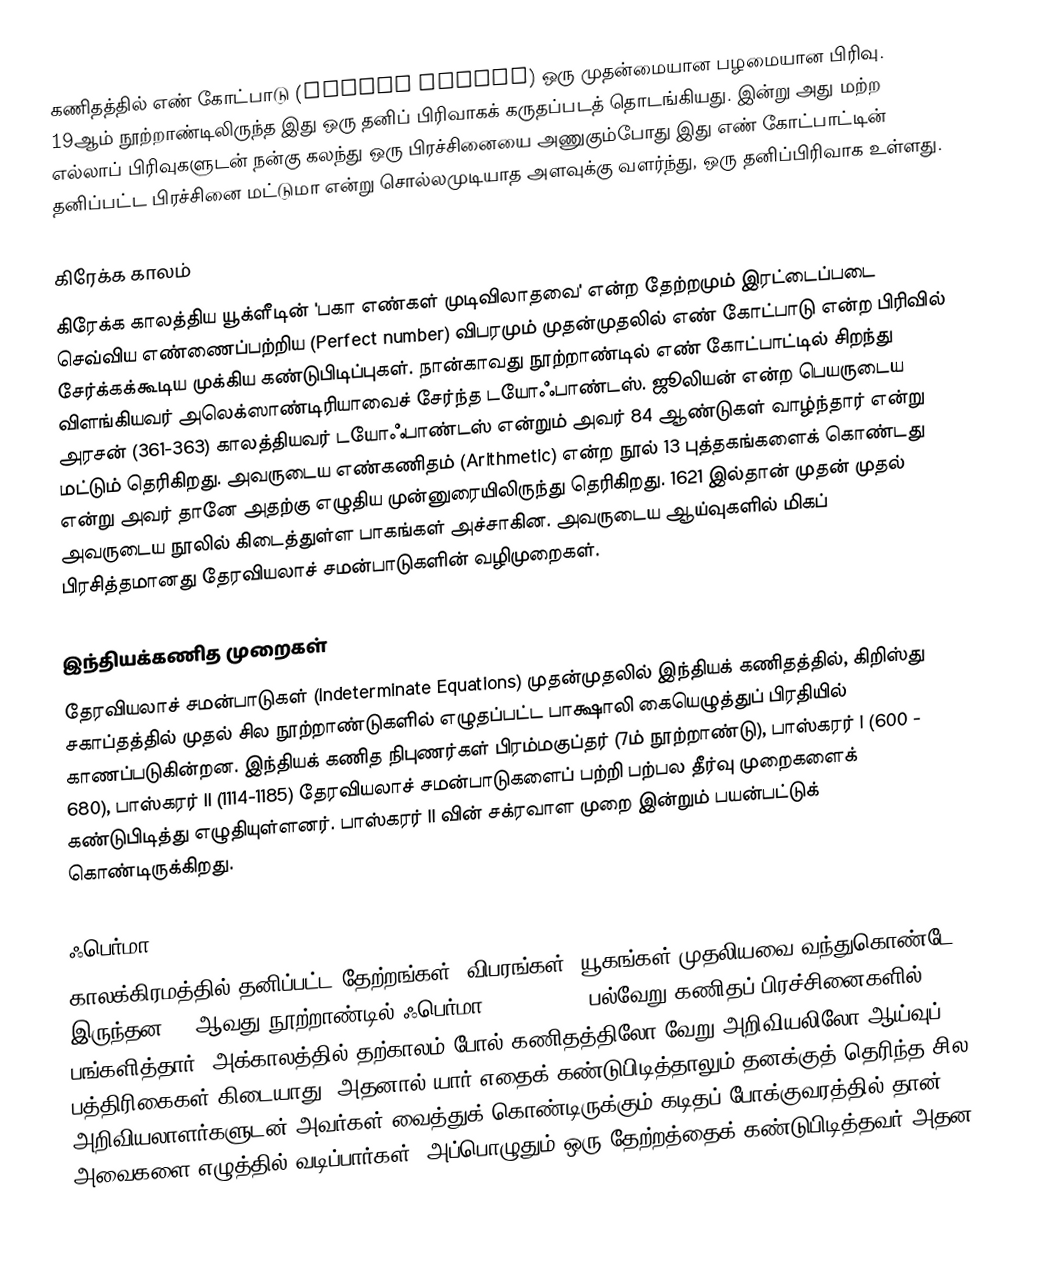
கணிதத்தில் எண் கோட்பாடு (Number Theory) ஒரு முதன்மையான பழமையான பிரிவு. 19ஆம் நூற்றாண்டிலிருந்த இது ஒரு தனிப் பிரிவாகக் கருதப்படத் தொடங்கியது. இன்று அது மற்ற எல்லாப் பிரிவுகளுடன் நன்கு கலந்து ஒரு பிரச்சினையை அணுகும்போது இது எண் கோட்பாட்டின் தனிப்பட்ட பிரச்சினை மட்டுமா என்று சொல்லமுடியாத அளவுக்கு வளர்ந்து, ஒரு தனிப்பிரிவாக உள்ளது.

கிரேக்க காலம்
கிரேக்க காலத்திய யூக்ளீடின் 'பகா எண்கள் முடிவிலாதவை' என்ற தேற்றமும் இரட்டைப்படை செவ்விய எண்ணைப்பற்றிய (Perfect number) விபரமும் முதன்முதலில் எண் கோட்பாடு என்ற பிரிவில் சேர்க்கக்கூடிய முக்கிய கண்டுபிடிப்புகள். நான்காவது நூற்றாண்டில் எண் கோட்பாட்டில் சிறந்து விளங்கியவர் அலெக்ஸாண்டிரியாவைச் சேர்ந்த டயோஃபாண்டஸ். ஜூலியன் என்ற பெயருடைய அரசன் (361-363) காலத்தியவர் டயோஃபாண்டஸ் என்றும் அவர் 84 ஆண்டுகள் வாழ்ந்தார் என்று மட்டும் தெரிகிறது. அவருடைய எண்கணிதம் (Arithmetic) என்ற நூல் 13 புத்தகங்களைக் கொண்டது என்று அவர் தானே அதற்கு எழுதிய முன்னுரையிலிருந்து தெரிகிறது. 1621 இல்தான் முதன் முதல் அவருடைய நூலில் கிடைத்துள்ள பாகங்கள் அச்சாகின. அவருடைய ஆய்வுகளில் மிகப் பிரசித்தமானது தேரவியலாச் சமன்பாடுகளின் வழிமுறைகள்.

இந்தியக்கணித முறைகள்
தேரவியலாச் சமன்பாடுகள் (Indeterminate Equations) முதன்முதலில் இந்தியக் கணிதத்தில், கிறிஸ்து சகாப்தத்தில் முதல் சில நூற்றாண்டுகளில் எழுதப்பட்ட பாக்ஷாலி கையெழுத்துப் பிரதியில் காணப்படுகின்றன. இந்தியக் கணித நிபுணர்கள் பிரம்மகுப்தர் (7ம் நூற்றாண்டு), பாஸ்கரர் I (600 - 680), பாஸ்கரர் II (1114-1185) தேரவியலாச் சமன்பாடுகளைப் பற்றி பற்பல தீர்வு முறைகளைக் கண்டுபிடித்து எழுதியுள்ளனர். பாஸ்கரர் II வின் சக்ரவாள முறை இன்றும் பயன்பட்டுக் கொண்டிருக்கிறது.

ஃபெர்மா
காலக்கிரமத்தில் தனிப்பட்ட தேற்றங்கள், விபரங்கள், யூகங்கள் முதலியவை வந்துகொண்டே இருந்தன. 17ஆவது நூற்றாண்டில் ஃபெர்மா (1601-1665) பல்வேறு கணிதப் பிரச்சினைகளில் பங்களித்தார். அக்காலத்தில் தற்காலம் போல் கணிதத்திலோ வேறு அறிவியலிலோ ஆய்வுப் பத்திரிகைகள் கிடையாது. அதனால் யார் எதைக் கண்டுபிடித்தாலும் தனக்குத் தெரிந்த சில அறிவியலாளர்களுடன் அவர்கள் வைத்துக் கொண்டிருக்கும் கடிதப் போக்குவரத்தில் தான் அவைகளை எழுத்தில் வடிப்பார்கள். அப்பொழுதும் ஒரு தேற்றத்தைக் கண்டுபிடித்தவர் அதன